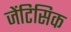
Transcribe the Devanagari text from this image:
जेंटिसिक